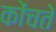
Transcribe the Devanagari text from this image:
कोंचते